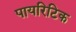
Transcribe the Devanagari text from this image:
पायरिटिक